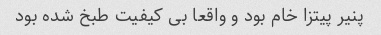
پنیر پیتزا خام بود و واقعا بی کیفیت طبخ شده بود